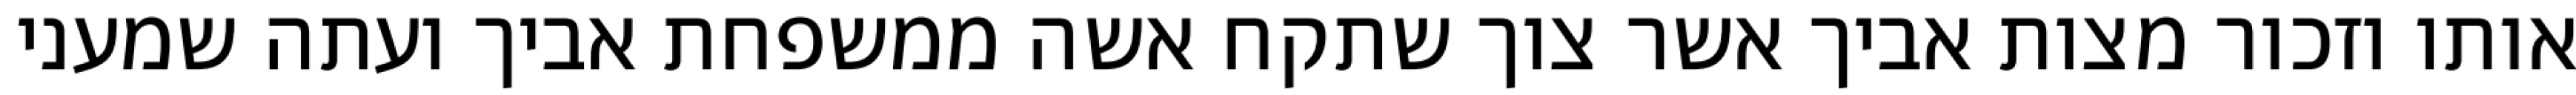
אותו וזכור מצות אביך אשר צוך שתקח אשה ממשפחת אביך ועתה שמעני